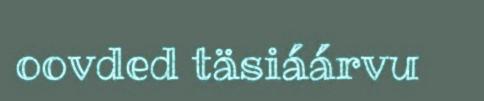
oovded täsiáárvu